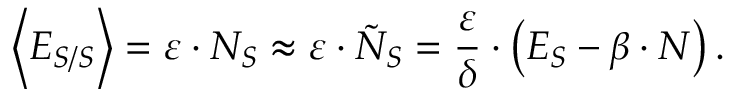
\quad \: \left< E _ { S / S } \right> = \varepsilon \cdot N _ { S } \approx \varepsilon \cdot \tilde { N } _ { S } = \frac { \varepsilon } { \delta } \cdot \left( E _ { S } - \beta \cdot N \right) .